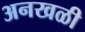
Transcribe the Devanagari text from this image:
अनखळी